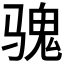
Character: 𱅡